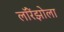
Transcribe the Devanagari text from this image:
लॉरेंझोला